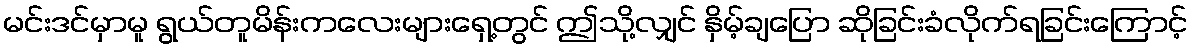
မင်းဒင်မှာမူ ရွယ်တူမိန်းကလေးများရှေ့တွင် ဤသို့လျှင် နှိမ့်ချပြော ဆိုခြင်းခံလိုက်ရခြင်းကြောင့်